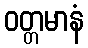
ဝတ္တမာနံ